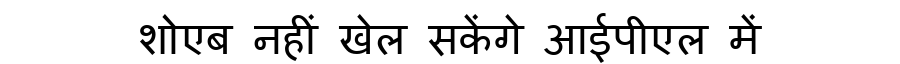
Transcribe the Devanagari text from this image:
शोएब नहीं खेल सकेंगे आईपीएल में